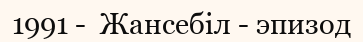
1991 -  Жансебіл - эпизод